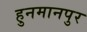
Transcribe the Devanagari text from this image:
हुनमानपुर